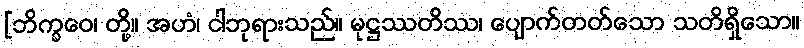
[ဘိက္ခဝေ၊ တို့။ အဟံ၊ ငါဘုရားသည်။ မုဋ္ဌဿတိဿ၊ ပျောက်တတ်သော သတိရှိသော။